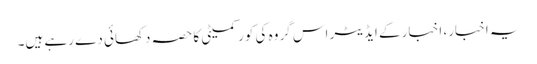
یہ اخبار، اخبار کے ایڈیٹر اس گروہ کی کور کمیٹی کا حصہ دکھائی دے رہے ہیں۔